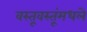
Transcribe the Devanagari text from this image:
वस्तूवस्तूंमधले